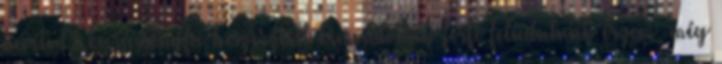
nevét. A karácsonyfa beszerzését kimondottan férfi feladatnak érzem, még